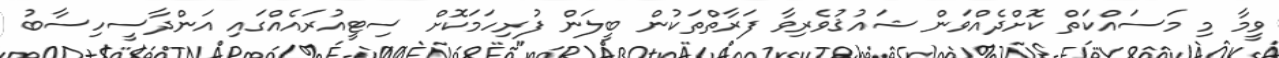
ވީމާ މި މަސައްކަތް ކޮށްދެއްވަން ޝައުޤުވެރިވާ ފަރާތްތަކުން ބީލަން ފުރިހަމަކޮށް ސިޓީއުރައެއްގައި އަންދާސީހިސާބު